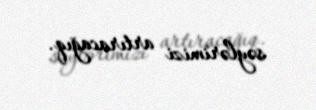
səylərimizi artıracağıq.